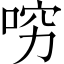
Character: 𠴛